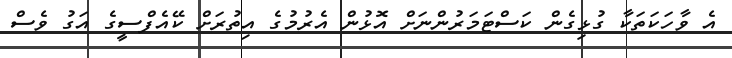
އެ ވާހަކަތަކާ ގުޅިގެން ކަސްޓަމަރުންނަށް އޮޅުން އެރުމުގެ އިތުރަށް ކޭއެފްސީގެ އަގު ވެސް